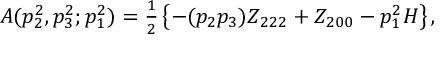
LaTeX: A ( p _ { 2 } ^ { 2 } , p _ { 3 } ^ { 2 } ; p _ { 1 } ^ { 2 } ) = { \textstyle { \frac { 1 } { 2 } } } \left\{ - ( p _ { 2 } p _ { 3 } ) Z _ { 2 2 2 } + Z _ { 2 0 0 } - p _ { 1 } ^ { 2 } H \right\} ,